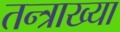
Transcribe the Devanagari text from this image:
तन्त्राख्या